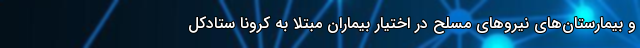
و بیمارستان‌های نیروهای مسلح در اختیار بیماران مبتلا به کرونا ستادکل